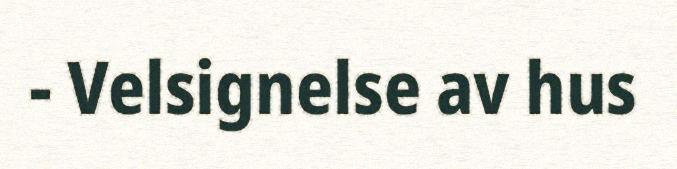
- Velsignelse av hus